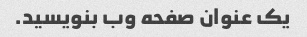
یک عنوان صفحه وب بنویسید.